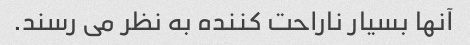
آنها بسیار ناراحت کننده به نظر می رسند.